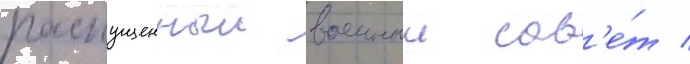
распущенныи военныи сов'е́т /